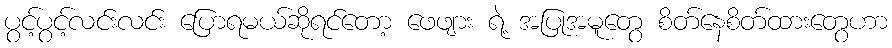
ပွင့်ပွင့်လင်းလင်း ပြောရမယ်ဆိုရင်တော့ ဖေဖျား ရဲ့ အပြုအမူတွေ စိတ်နေစိတ်ထားတွေဟာ